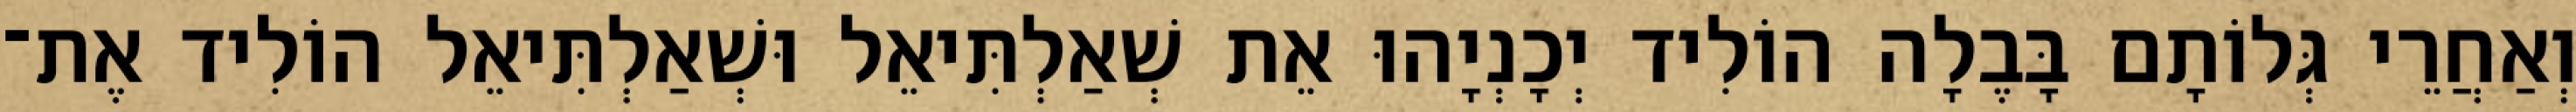
וְאַחֲרֵי גְּלוֹתָם בָּבֶלָה הוֹלִיד יְכָנְיָהוּ אֵת שְׁאַלְתִּיאֵל וּשְׁאַלְתִּיאֵל הוֹלִיד אֶת־